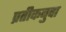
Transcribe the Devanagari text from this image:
प्रतीकबुवा